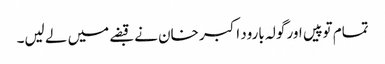
تمام توپیں اور گولہ بارود اکبر خان نے قبضے میں لے لیں۔